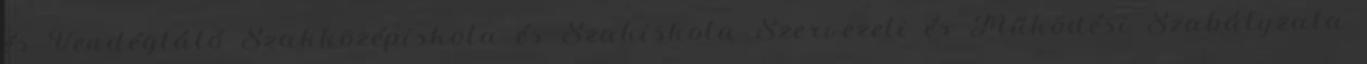
és Vendéglátó Szakközépiskola és Szakiskola Szervezeti és Működési Szabályzata